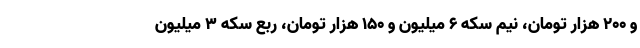
و ۲۰۰ هزار تومان، نیم سکه ۶ میلیون و ۱۵۰ هزار تومان، ربع سکه ۳ میلیون